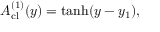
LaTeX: A _ { \mathrm { c l } } ^ { ( 1 ) } ( y ) = \operatorname { t a n h } ( y - y _ { 1 } ) ,